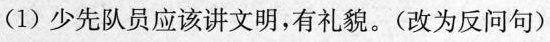
(1)少先队员应该讲文明，有礼貌。(改为反问句)